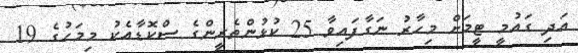
އަދި ގައުމީ ޓީމަށް މިހާރު ނަގާފައިވާ 25 ކުޅުންތެރީންގެ ސްކޮޑާއެކު މިމަހުގެ 19